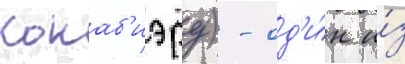
Кокаб'иэру) - од'и́н и́з